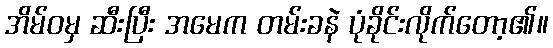
အိမ်ဝမှ ဆီးပြီး အမေက တမ်းခနဲ ပုံခိုင်းလိုက်တော့၏။